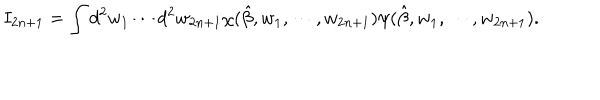
I _ { 2 n + 1 } = \int d ^ { 2 } w _ { 1 } \cdots d ^ { 2 } w _ { 2 n + 1 } \chi ( \hat { \beta } , w _ { 1 } , \cdots , w _ { 2 n + 1 } ) \psi ( \hat { \beta } , w _ { 1 } , \cdots , w _ { 2 n + 1 } ) .